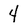
Character: 4